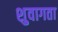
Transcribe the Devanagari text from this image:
शुवागता